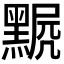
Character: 𪑣